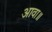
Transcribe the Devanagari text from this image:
आवा॥